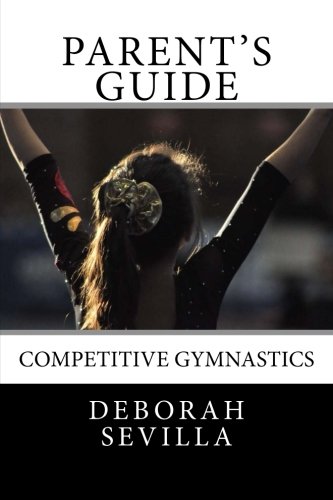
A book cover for Parent's Guide: Competitive Gymnastics (Dream Believe Achieve Athletics); Deborah Sevilla; Sports & Outdoors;